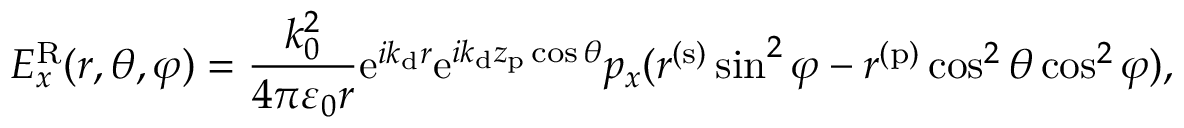
E _ { x } ^ { \mathrm { R } } ( r , \theta , \varphi ) = \frac { k _ { 0 } ^ { 2 } } { 4 \pi \varepsilon _ { 0 } r } \mathrm { e } ^ { i k _ { \mathrm { d } } r } \mathrm { e } ^ { i k _ { \mathrm { d } } z _ { \mathrm { p } } \cos \theta } p _ { x } ( r ^ { ( \mathrm { s } ) } \sin ^ { 2 } \varphi - r ^ { ( \mathrm { p } ) } \cos ^ { 2 } \theta \cos ^ { 2 } \varphi ) ,